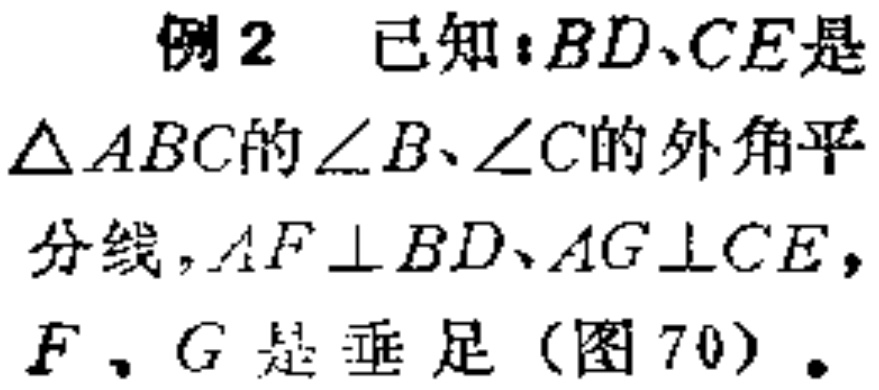
例2 已知：$BD、CE$是$\triangle ABC$的$\angle B、\angle C$的外角平分线，$AF\perp BD、AG\perp CE$，$F，G$是垂足（图70）.